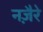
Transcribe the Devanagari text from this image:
नज़ैरे